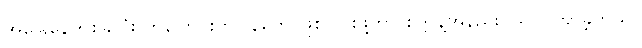
အခြေနေတစ်ခုလုံး ကပြောင်းကပြန်တွေ ဖြစ်သွားဖို့ဟာ စက္ကန့်အနည်းငယ်ပဲ ကြာခဲ့တယ်။